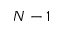
N - 1